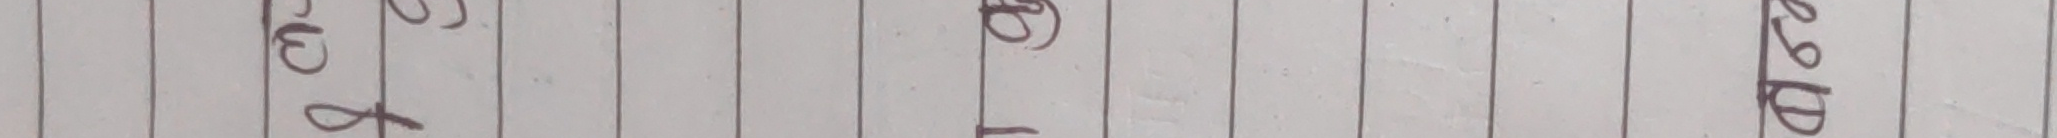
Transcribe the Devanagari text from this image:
प्रसङ्ग
भङ्ग
प्रस्त
धटाई
वर्णप्रब